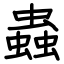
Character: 蟲